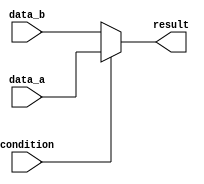
module if_else_with_ternary(
    input wire condition,
    input wire data_a,
    input wire data_b,
    output reg result
);

always @(*) begin
    result = condition ? data_a : data_b;
end

endmodule